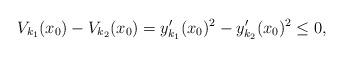
LaTeX: \begin{align*} V_{k_1}(x_0)-V_{k_2}(x_0)=y_{k_1}'(x_0)^2-y_{k_2}'(x_0)^2\leq 0, \end{align*}